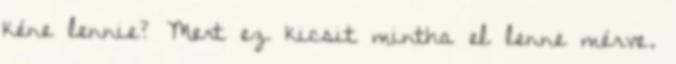
kéne lennie? Mert ez kicsit mintha el lenne mérve.